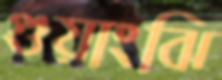
গুয়াংঝি